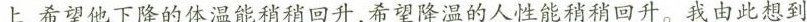
上，希望他下降的体温能稍稍回升，希望降温的人性能稍稍回升。我由此想到